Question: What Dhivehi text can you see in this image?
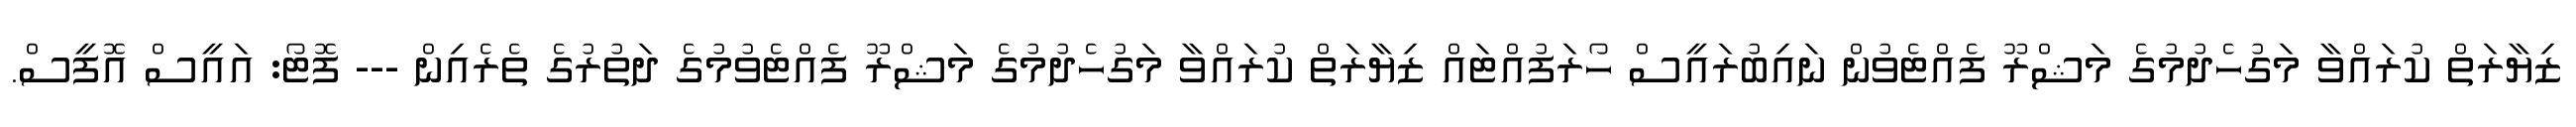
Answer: ޒިޔާރަތް ކުރައްވާ މަގުހެދުމުގެ މަޝްރޫ ފެއްޓެވުން ނައިބުރައީސް ހޯރަފުއްޓައް ޒިޔާރަތް ކުރައްވާ މަގުހެދުމުގެ މަޝްރޫ ފެއްޓެވުމުގެ ދަތުރުގެ ތެރެއިން --- ފޮޓޯ: އައީސް އޮފީސް.